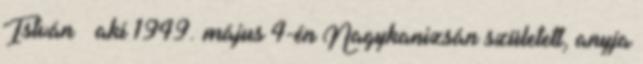
István – aki 1949. május 4-én Nagykanizsán született, anyja